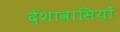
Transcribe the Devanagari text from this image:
देशावासियों